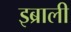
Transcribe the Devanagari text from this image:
इब्राली